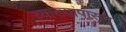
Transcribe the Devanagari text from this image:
व्याख्यांपासून